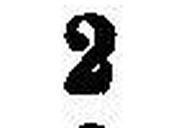
2